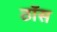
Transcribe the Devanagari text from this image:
ठॉस